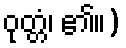
ဝုတ္တံ၊ ၏။)